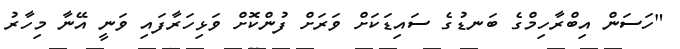
"ހަސަން އިބްރާހިމްގެ ބަނޑުގެ ސައިޑަކަށް ވަރަށް ފުންކޮށް ވަޅިހަރާފައި ވަނީ އޭނާ މިހާރު